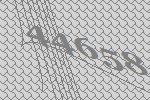
44658